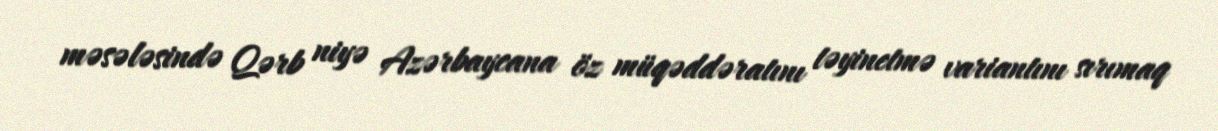
məsələsində Qərb niyə Azərbaycana öz müqəddəratını təyinetmə variantını sırımaq